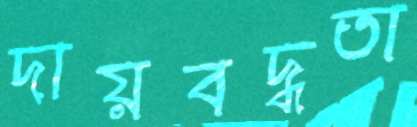
দায়বদ্ধতা